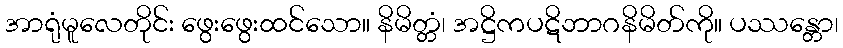
အာရုံမူလေတိုင်း ဖွေးဖွေးထင်သော။ နိမိတ္တံ၊ အဋ္ဌိကပဋိဘာဂနိမိတ်ကို။ ပဿန္တော၊